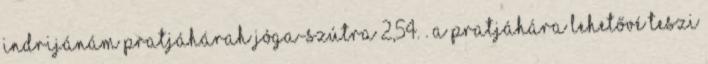
indrijánám pratjáhárah Jóga-Szútra 2,54. . A pratjáhára lehetővé teszi